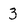
Character: 3